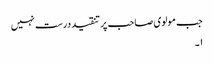
جب مولوی صاحب پر تنقید درست نہیں
۱۔